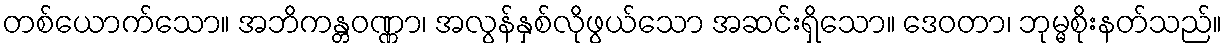
တစ်ယောက်သော။ အဘိကန္တဝဏ္ဏာ၊ အလွန်နှစ်လိုဖွယ်သော အဆင်းရှိသော။ ဒေဝတာ၊ ဘုမ္မစိုးနတ်သည်။